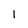
Character: l